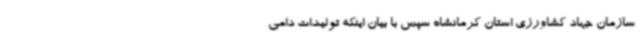
سازمان جهاد کشاورزی استان کرمانشاه سپس با بیان اینکه تولیدات دامی